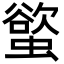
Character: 螸